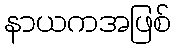
နာယကအဖြစ်